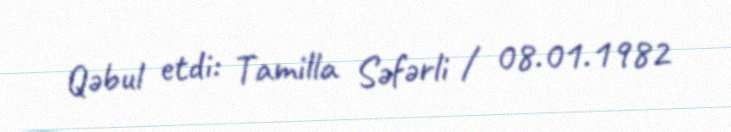
Qəbul etdi: Tamilla Səfərli / 08.01.1982